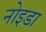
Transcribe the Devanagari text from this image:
नोइडा